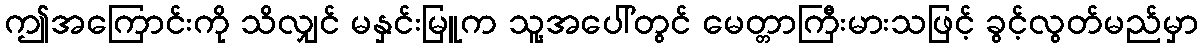
ဤအကြောင်းကို သိလျှင် မနှင်းမြူက သူ့အပေါ်တွင် မေတ္တာကြီးမားသဖြင့် ခွင့်လွတ်မည်မှာ